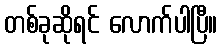
တစ်ခုဆိုရင် လောက်ပါပြီ။